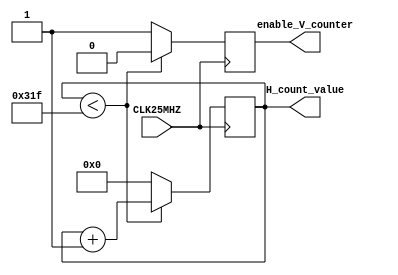
`timescale 1ns / 1ps
//////////////////////////////////////////////////////////////////////////////////
// Company: 
// Engineer: 
// 
// Design Name: 
// Module Name: horizantal_counter
// Project Name: 
// Target Devices: 
// Tool Versions: 
// Description: 
// 
// Dependencies: 
// 
// Revision:
// Revision 0.01 - File Created
// Additional Comments:
// 
//////////////////////////////////////////////////////////////////////////////////


module horizantal_counter(
    input CLK25MHZ,
    output reg enable_V_counter = 0,
    output reg[15:0] H_count_value = 0
    );
    
    
    always @(posedge CLK25MHZ) begin
        if (H_count_value < 799) begin
            H_count_value <= H_count_value + 1;
            enable_V_counter <= 0;
        end else begin
            H_count_value <= 0; // reset Horizantal counter
            enable_V_counter <= 1; // trigger V counter
        end
    end
    
endmodule